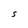
Character: S